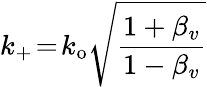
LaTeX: k_{+}\! =\! k_{\mathrm{o}}\sqrt{\frac{1+\beta_{v}}{1-\beta_{v}}}